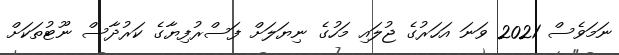
ނަމަވެސް 2021 ވަނަ އަހަރުގެ ޖުލައި މަހުގެ ނިޔަލަށް ފަސްރުފިޔާގެ ކަރުދާސް ނޫޓުތަކަށް